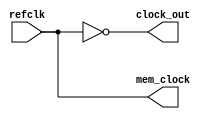
module clock_and_memclock(refclk,clock_out,mem_clock);
	input refclk;
	output reg clock_out; 
	output reg mem_clock;
	
	
	
	always @(refclk) begin
		clock_out <= ~refclk;
		mem_clock <=  refclk;
	end
	
endmodule